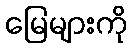
မြေများကို